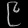
Digit: ၉